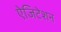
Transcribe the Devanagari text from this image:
ऐजिटेशन